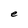
Character: e